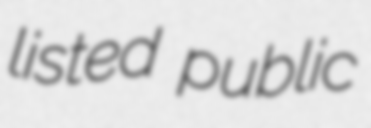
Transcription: listed public